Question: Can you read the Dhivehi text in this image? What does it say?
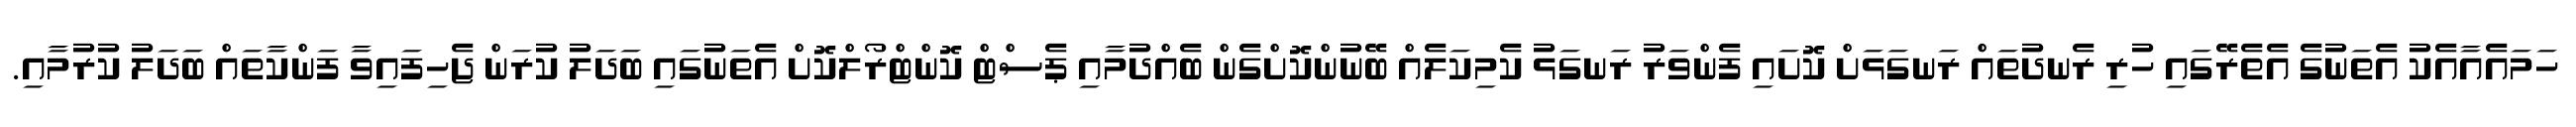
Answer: ހަމައެއާއެކު އެތަނުގެ އެތެރޭގައި ހުރި ރެނދުތައް ރަނގަޅަށް ކޮށައި ފެންވަރު ރަނގަޅު ކެމިކަލެއް ބޭނުންކޮށްގެން ބެއްދުމާއި ޕެސްޓް ކޮންޓްރޯލްކޮށް އެތަނުގައި ބަދަލު ކުރަން ޖެހިފައިވާ ފަންކާތައް ބަދަލު ކުރުމާއި.